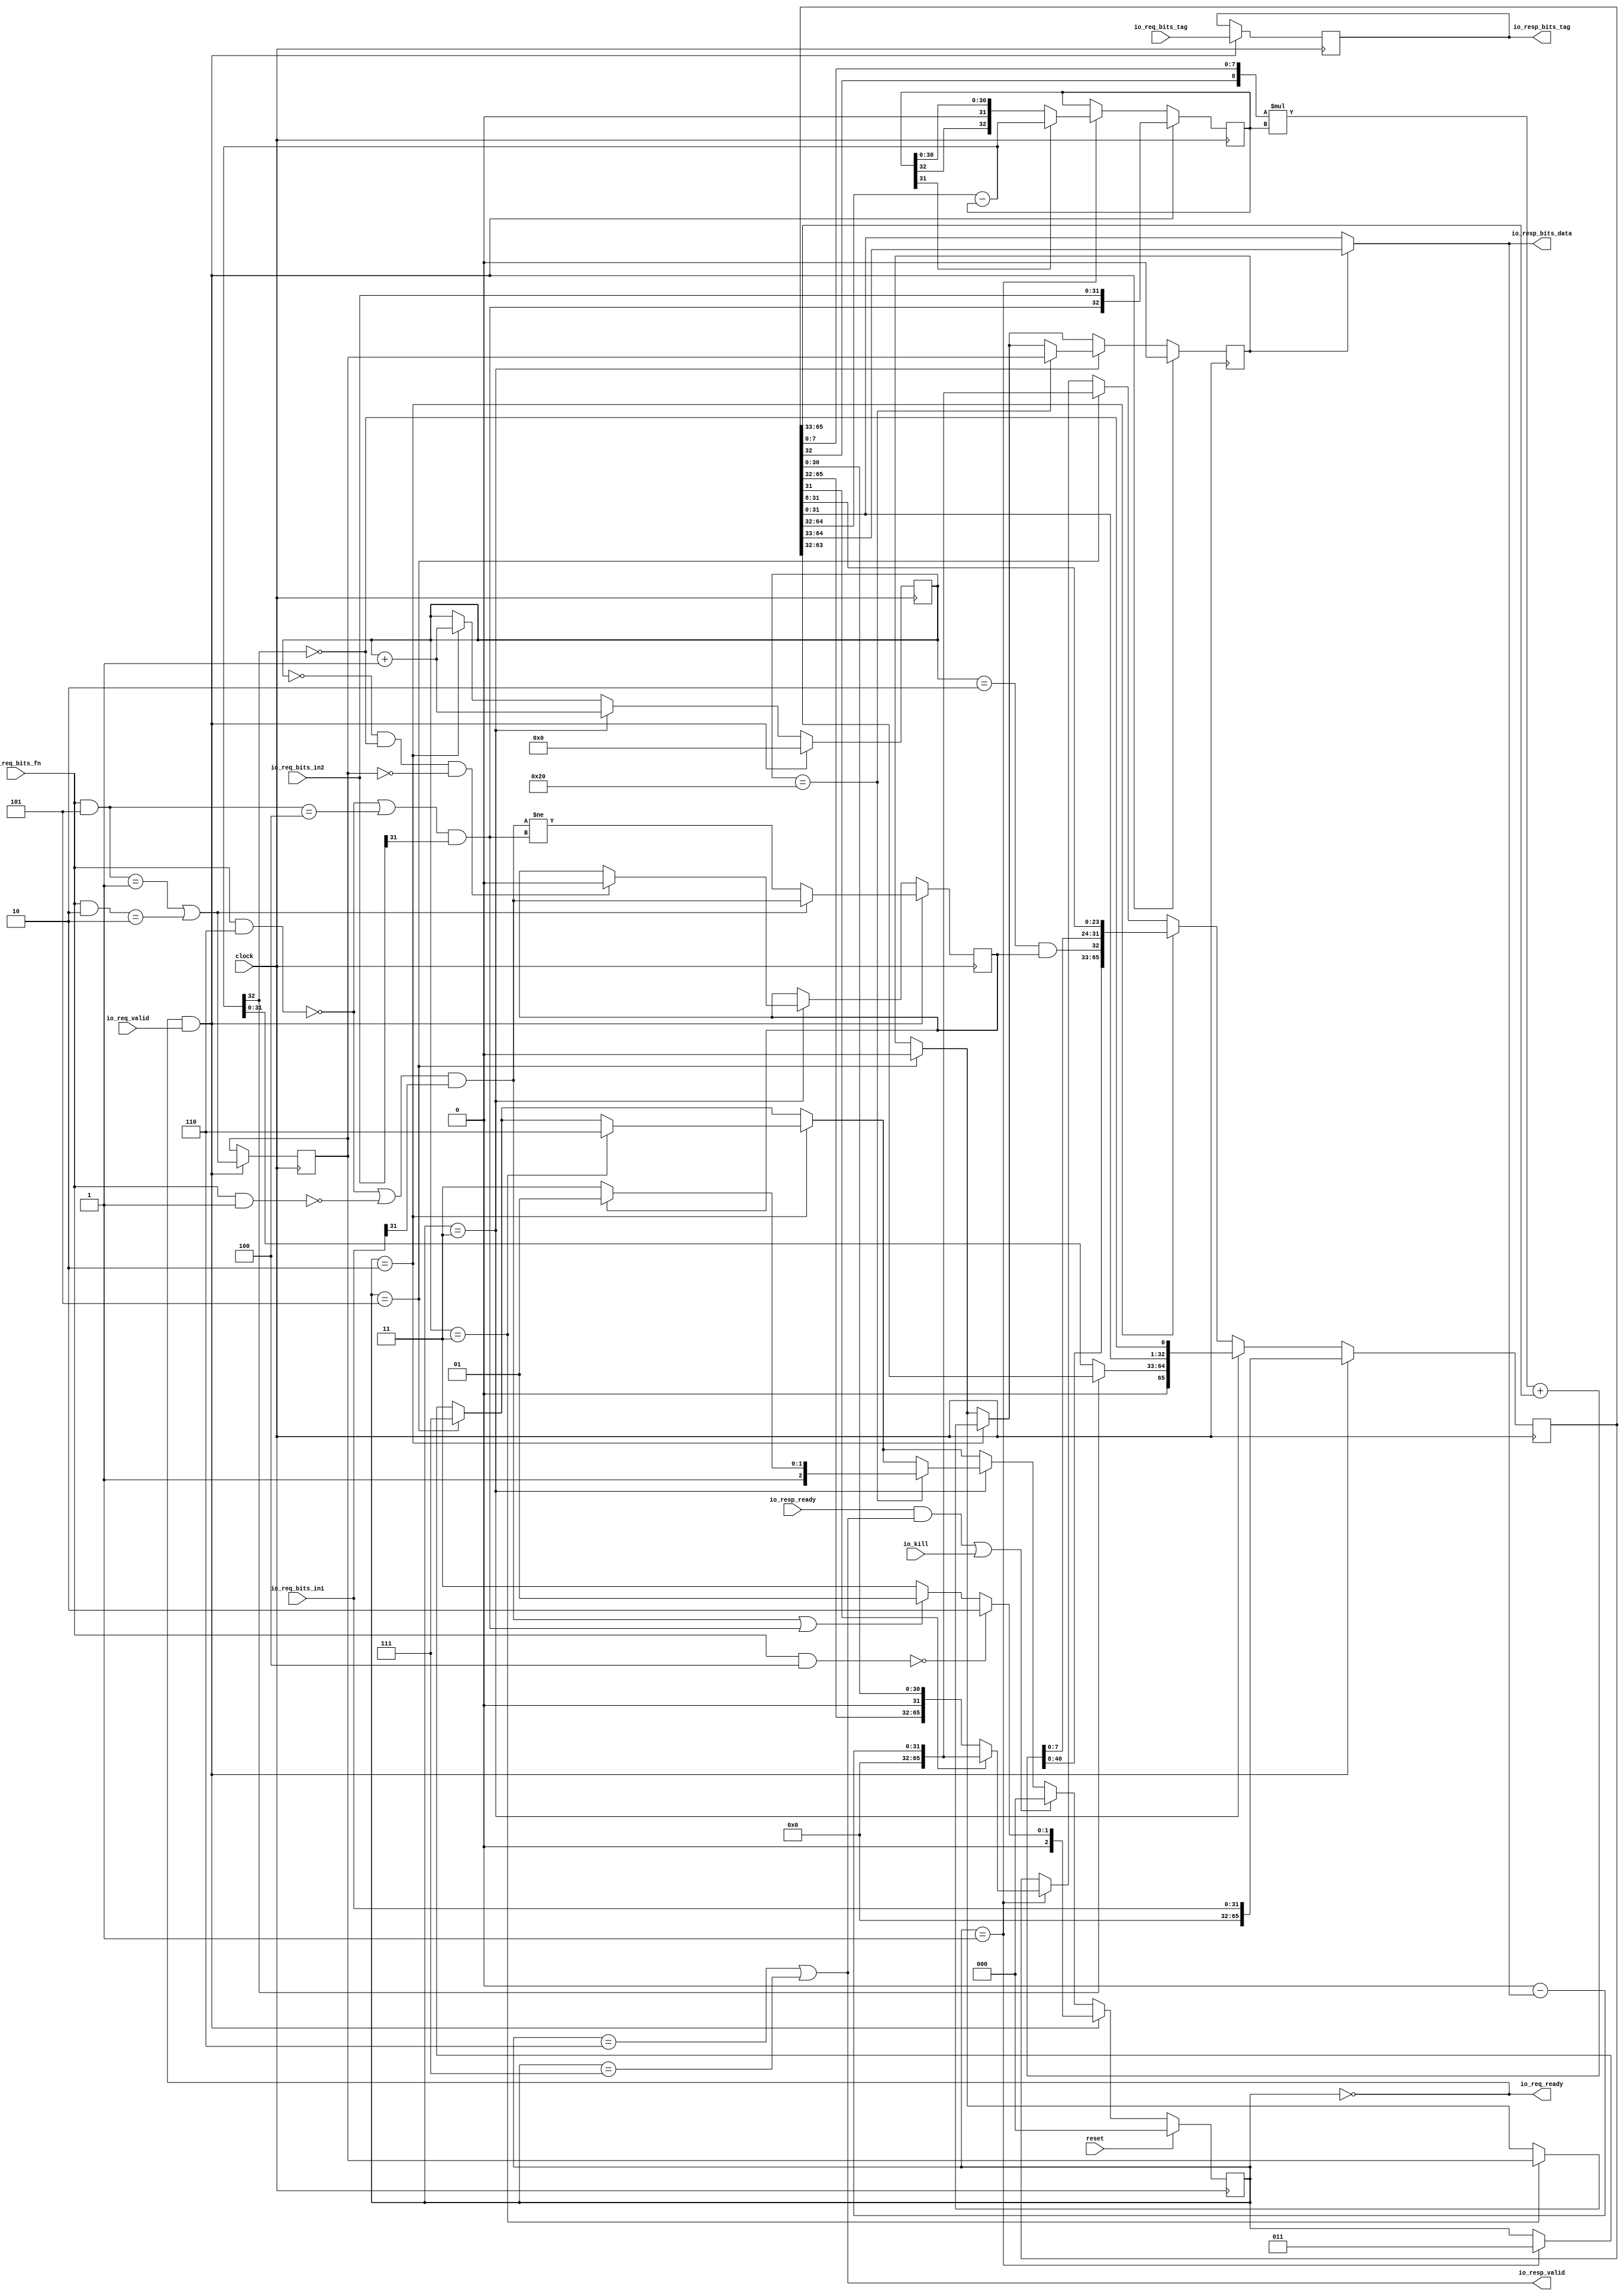
module MulDiv( // @[:freechips.rocketchip.system.DefaultRV32Config.fir@222784.2]
  input         clock, // @[:freechips.rocketchip.system.DefaultRV32Config.fir@222785.4]
  input         reset, // @[:freechips.rocketchip.system.DefaultRV32Config.fir@222786.4]
  output        io_req_ready, // @[:freechips.rocketchip.system.DefaultRV32Config.fir@222787.4]
  input         io_req_valid, // @[:freechips.rocketchip.system.DefaultRV32Config.fir@222787.4]
  input  [3:0]  io_req_bits_fn, // @[:freechips.rocketchip.system.DefaultRV32Config.fir@222787.4]
  input  [31:0] io_req_bits_in1, // @[:freechips.rocketchip.system.DefaultRV32Config.fir@222787.4]
  input  [31:0] io_req_bits_in2, // @[:freechips.rocketchip.system.DefaultRV32Config.fir@222787.4]
  input  [4:0]  io_req_bits_tag, // @[:freechips.rocketchip.system.DefaultRV32Config.fir@222787.4]
  input         io_kill, // @[:freechips.rocketchip.system.DefaultRV32Config.fir@222787.4]
  input         io_resp_ready, // @[:freechips.rocketchip.system.DefaultRV32Config.fir@222787.4]
  output        io_resp_valid, // @[:freechips.rocketchip.system.DefaultRV32Config.fir@222787.4]
  output [31:0] io_resp_bits_data, // @[:freechips.rocketchip.system.DefaultRV32Config.fir@222787.4]
  output [4:0]  io_resp_bits_tag // @[:freechips.rocketchip.system.DefaultRV32Config.fir@222787.4]
);
`ifdef RANDOMIZE_REG_INIT
  reg [31:0] _RAND_0;
  reg [31:0] _RAND_1;
  reg [31:0] _RAND_2;
  reg [31:0] _RAND_3;
  reg [31:0] _RAND_4;
  reg [31:0] _RAND_5;
  reg [63:0] _RAND_6;
  reg [95:0] _RAND_7;
`endif // RANDOMIZE_REG_INIT
  reg [2:0] state; // @[Multiplier.scala 52:22:freechips.rocketchip.system.DefaultRV32Config.fir@222789.4]
  reg [4:0] req_tag; // @[Multiplier.scala 54:16:freechips.rocketchip.system.DefaultRV32Config.fir@222790.4]
  reg [5:0] count; // @[Multiplier.scala 55:18:freechips.rocketchip.system.DefaultRV32Config.fir@222791.4]
  reg  neg_out; // @[Multiplier.scala 58:20:freechips.rocketchip.system.DefaultRV32Config.fir@222792.4]
  reg  isHi; // @[Multiplier.scala 59:17:freechips.rocketchip.system.DefaultRV32Config.fir@222793.4]
  reg  resHi; // @[Multiplier.scala 60:18:freechips.rocketchip.system.DefaultRV32Config.fir@222794.4]
  reg [32:0] divisor; // @[Multiplier.scala 61:20:freechips.rocketchip.system.DefaultRV32Config.fir@222795.4]
  reg [65:0] remainder; // @[Multiplier.scala 62:22:freechips.rocketchip.system.DefaultRV32Config.fir@222796.4]
  wire [3:0] _T; // @[Decode.scala 14:65:freechips.rocketchip.system.DefaultRV32Config.fir@222797.4]
  wire  cmdMul; // @[Decode.scala 14:121:freechips.rocketchip.system.DefaultRV32Config.fir@222798.4]
  wire [3:0] _T_3; // @[Decode.scala 14:65:freechips.rocketchip.system.DefaultRV32Config.fir@222800.4]
  wire  _T_4; // @[Decode.scala 14:121:freechips.rocketchip.system.DefaultRV32Config.fir@222801.4]
  wire [3:0] _T_5; // @[Decode.scala 14:65:freechips.rocketchip.system.DefaultRV32Config.fir@222802.4]
  wire  _T_6; // @[Decode.scala 14:121:freechips.rocketchip.system.DefaultRV32Config.fir@222803.4]
  wire  cmdHi; // @[Decode.scala 15:30:freechips.rocketchip.system.DefaultRV32Config.fir@222805.4]
  wire [3:0] _T_9; // @[Decode.scala 14:65:freechips.rocketchip.system.DefaultRV32Config.fir@222806.4]
  wire  _T_10; // @[Decode.scala 14:121:freechips.rocketchip.system.DefaultRV32Config.fir@222807.4]
  wire [3:0] _T_11; // @[Decode.scala 14:65:freechips.rocketchip.system.DefaultRV32Config.fir@222808.4]
  wire  _T_12; // @[Decode.scala 14:121:freechips.rocketchip.system.DefaultRV32Config.fir@222809.4]
  wire  lhsSigned; // @[Decode.scala 15:30:freechips.rocketchip.system.DefaultRV32Config.fir@222811.4]
  wire  _T_16; // @[Decode.scala 14:121:freechips.rocketchip.system.DefaultRV32Config.fir@222813.4]
  wire  rhsSigned; // @[Decode.scala 15:30:freechips.rocketchip.system.DefaultRV32Config.fir@222815.4]
  wire  lhs_sign; // @[Multiplier.scala 82:23:freechips.rocketchip.system.DefaultRV32Config.fir@222825.4]
  wire [31:0] lhs_in; // @[Cat.scala 29:58:freechips.rocketchip.system.DefaultRV32Config.fir@222831.4]
  wire  rhs_sign; // @[Multiplier.scala 82:23:freechips.rocketchip.system.DefaultRV32Config.fir@222837.4]
  wire [32:0] subtractor; // @[Multiplier.scala 89:37:freechips.rocketchip.system.DefaultRV32Config.fir@222846.4]
  wire [31:0] result; // @[Multiplier.scala 90:19:freechips.rocketchip.system.DefaultRV32Config.fir@222849.4]
  wire [31:0] negated_remainder; // @[Multiplier.scala 91:27:freechips.rocketchip.system.DefaultRV32Config.fir@222851.4]
  wire  _T_44; // @[Multiplier.scala 93:39:freechips.rocketchip.system.DefaultRV32Config.fir@222852.4]
  wire  _T_47; // @[Multiplier.scala 102:39:freechips.rocketchip.system.DefaultRV32Config.fir@222864.4]
  wire  _T_48; // @[Multiplier.scala 107:39:freechips.rocketchip.system.DefaultRV32Config.fir@222870.4]
  wire [64:0] _T_51; // @[Cat.scala 29:58:freechips.rocketchip.system.DefaultRV32Config.fir@222874.6]
  wire [32:0] _T_55; // @[Multiplier.scala 111:37:freechips.rocketchip.system.DefaultRV32Config.fir@222878.6]
  wire [8:0] _T_59; // @[Multiplier.scala 113:60:freechips.rocketchip.system.DefaultRV32Config.fir@222882.6]
  wire [32:0] _GEN_35; // @[Multiplier.scala 113:67:freechips.rocketchip.system.DefaultRV32Config.fir@222883.6]
  wire [41:0] _T_60; // @[Multiplier.scala 113:67:freechips.rocketchip.system.DefaultRV32Config.fir@222883.6]
  wire [41:0] _GEN_36; // @[Multiplier.scala 113:76:freechips.rocketchip.system.DefaultRV32Config.fir@222884.6]
  wire [41:0] _T_65; // @[Cat.scala 29:58:freechips.rocketchip.system.DefaultRV32Config.fir@222888.6]
  wire [65:0] _T_66; // @[Cat.scala 29:58:freechips.rocketchip.system.DefaultRV32Config.fir@222889.6]
  wire  _T_67; // @[Multiplier.scala 115:32:freechips.rocketchip.system.DefaultRV32Config.fir@222890.6]
  wire  _T_68; // @[Multiplier.scala 115:57:freechips.rocketchip.system.DefaultRV32Config.fir@222891.6]
  wire  _T_77; // @[Multiplier.scala 119:7:freechips.rocketchip.system.DefaultRV32Config.fir@222900.6]
  wire [64:0] _T_91; // @[Cat.scala 29:58:freechips.rocketchip.system.DefaultRV32Config.fir@222914.6]
  wire [65:0] _T_95; // @[Cat.scala 29:58:freechips.rocketchip.system.DefaultRV32Config.fir@222918.6]
  wire [5:0] _T_97; // @[Multiplier.scala 124:20:freechips.rocketchip.system.DefaultRV32Config.fir@222921.6]
  wire  _T_98; // @[Multiplier.scala 125:25:freechips.rocketchip.system.DefaultRV32Config.fir@222923.6]
  wire  _T_100; // @[Multiplier.scala 130:39:freechips.rocketchip.system.DefaultRV32Config.fir@222930.4]
  wire [31:0] _T_104; // @[Multiplier.scala 135:14:freechips.rocketchip.system.DefaultRV32Config.fir@222935.6]
  wire  _T_106; // @[Multiplier.scala 135:67:freechips.rocketchip.system.DefaultRV32Config.fir@222937.6]
  wire [64:0] _T_108; // @[Cat.scala 29:58:freechips.rocketchip.system.DefaultRV32Config.fir@222939.6]
  wire  _T_109; // @[Multiplier.scala 139:17:freechips.rocketchip.system.DefaultRV32Config.fir@222941.6]
  wire  _T_113; // @[Multiplier.scala 147:24:freechips.rocketchip.system.DefaultRV32Config.fir@222950.6]
  wire  _T_116; // @[Multiplier.scala 147:30:freechips.rocketchip.system.DefaultRV32Config.fir@222953.6]
  wire  _T_118; // @[Multiplier.scala 160:18:freechips.rocketchip.system.DefaultRV32Config.fir@222955.6]
  wire  _T_119; // @[Decoupled.scala 40:37:freechips.rocketchip.system.DefaultRV32Config.fir@222960.4]
  wire  _T_120; // @[Multiplier.scala 162:24:freechips.rocketchip.system.DefaultRV32Config.fir@222961.4]
  wire  _T_121; // @[Decoupled.scala 40:37:freechips.rocketchip.system.DefaultRV32Config.fir@222965.4]
  wire  _T_122; // @[Multiplier.scala 166:46:freechips.rocketchip.system.DefaultRV32Config.fir@222967.6]
  wire  _T_129; // @[Multiplier.scala 170:46:freechips.rocketchip.system.DefaultRV32Config.fir@222978.6]
  wire [32:0] _T_131; // @[Cat.scala 29:58:freechips.rocketchip.system.DefaultRV32Config.fir@222981.6]
  wire [15:0] loOut; // @[Multiplier.scala 177:82:freechips.rocketchip.system.DefaultRV32Config.fir@223000.4]
  wire  _T_149; // @[Multiplier.scala 182:27:freechips.rocketchip.system.DefaultRV32Config.fir@223012.4]
  wire  _T_150; // @[Multiplier.scala 182:51:freechips.rocketchip.system.DefaultRV32Config.fir@223013.4]
  assign _T = io_req_bits_fn & 4'h4; // @[Decode.scala 14:65:freechips.rocketchip.system.DefaultRV32Config.fir@222797.4]
  assign cmdMul = _T == 4'h0; // @[Decode.scala 14:121:freechips.rocketchip.system.DefaultRV32Config.fir@222798.4]
  assign _T_3 = io_req_bits_fn & 4'h5; // @[Decode.scala 14:65:freechips.rocketchip.system.DefaultRV32Config.fir@222800.4]
  assign _T_4 = _T_3 == 4'h1; // @[Decode.scala 14:121:freechips.rocketchip.system.DefaultRV32Config.fir@222801.4]
  assign _T_5 = io_req_bits_fn & 4'h2; // @[Decode.scala 14:65:freechips.rocketchip.system.DefaultRV32Config.fir@222802.4]
  assign _T_6 = _T_5 == 4'h2; // @[Decode.scala 14:121:freechips.rocketchip.system.DefaultRV32Config.fir@222803.4]
  assign cmdHi = _T_4 | _T_6; // @[Decode.scala 15:30:freechips.rocketchip.system.DefaultRV32Config.fir@222805.4]
  assign _T_9 = io_req_bits_fn & 4'h6; // @[Decode.scala 14:65:freechips.rocketchip.system.DefaultRV32Config.fir@222806.4]
  assign _T_10 = _T_9 == 4'h0; // @[Decode.scala 14:121:freechips.rocketchip.system.DefaultRV32Config.fir@222807.4]
  assign _T_11 = io_req_bits_fn & 4'h1; // @[Decode.scala 14:65:freechips.rocketchip.system.DefaultRV32Config.fir@222808.4]
  assign _T_12 = _T_11 == 4'h0; // @[Decode.scala 14:121:freechips.rocketchip.system.DefaultRV32Config.fir@222809.4]
  assign lhsSigned = _T_10 | _T_12; // @[Decode.scala 15:30:freechips.rocketchip.system.DefaultRV32Config.fir@222811.4]
  assign _T_16 = _T_3 == 4'h4; // @[Decode.scala 14:121:freechips.rocketchip.system.DefaultRV32Config.fir@222813.4]
  assign rhsSigned = _T_10 | _T_16; // @[Decode.scala 15:30:freechips.rocketchip.system.DefaultRV32Config.fir@222815.4]
  assign lhs_sign = lhsSigned & io_req_bits_in1[31]; // @[Multiplier.scala 82:23:freechips.rocketchip.system.DefaultRV32Config.fir@222825.4]
  assign lhs_in = {io_req_bits_in1[31:16],io_req_bits_in1[15:0]}; // @[Cat.scala 29:58:freechips.rocketchip.system.DefaultRV32Config.fir@222831.4]
  assign rhs_sign = rhsSigned & io_req_bits_in2[31]; // @[Multiplier.scala 82:23:freechips.rocketchip.system.DefaultRV32Config.fir@222837.4]
  assign subtractor = remainder[64:32] - divisor; // @[Multiplier.scala 89:37:freechips.rocketchip.system.DefaultRV32Config.fir@222846.4]
  assign result = resHi ? remainder[64:33] : remainder[31:0]; // @[Multiplier.scala 90:19:freechips.rocketchip.system.DefaultRV32Config.fir@222849.4]
  assign negated_remainder = 32'h0 - result; // @[Multiplier.scala 91:27:freechips.rocketchip.system.DefaultRV32Config.fir@222851.4]
  assign _T_44 = state == 3'h1; // @[Multiplier.scala 93:39:freechips.rocketchip.system.DefaultRV32Config.fir@222852.4]
  assign _T_47 = state == 3'h5; // @[Multiplier.scala 102:39:freechips.rocketchip.system.DefaultRV32Config.fir@222864.4]
  assign _T_48 = state == 3'h2; // @[Multiplier.scala 107:39:freechips.rocketchip.system.DefaultRV32Config.fir@222870.4]
  assign _T_51 = {remainder[65:33],remainder[31:0]}; // @[Cat.scala 29:58:freechips.rocketchip.system.DefaultRV32Config.fir@222874.6]
  assign _T_55 = _T_51[64:32]; // @[Multiplier.scala 111:37:freechips.rocketchip.system.DefaultRV32Config.fir@222878.6]
  assign _T_59 = {remainder[32],_T_51[7:0]}; // @[Multiplier.scala 113:60:freechips.rocketchip.system.DefaultRV32Config.fir@222882.6]
  assign _GEN_35 = {{24{_T_59[8]}},_T_59}; // @[Multiplier.scala 113:67:freechips.rocketchip.system.DefaultRV32Config.fir@222883.6]
  assign _T_60 = $signed(_GEN_35) * $signed(divisor); // @[Multiplier.scala 113:67:freechips.rocketchip.system.DefaultRV32Config.fir@222883.6]
  assign _GEN_36 = {{9{_T_55[32]}},_T_55}; // @[Multiplier.scala 113:76:freechips.rocketchip.system.DefaultRV32Config.fir@222884.6]
  assign _T_65 = $signed(_T_60) + $signed(_GEN_36); // @[Cat.scala 29:58:freechips.rocketchip.system.DefaultRV32Config.fir@222888.6]
  assign _T_66 = {_T_65,_T_51[31:8]}; // @[Cat.scala 29:58:freechips.rocketchip.system.DefaultRV32Config.fir@222889.6]
  assign _T_67 = count == 6'h2; // @[Multiplier.scala 115:32:freechips.rocketchip.system.DefaultRV32Config.fir@222890.6]
  assign _T_68 = _T_67 & neg_out; // @[Multiplier.scala 115:57:freechips.rocketchip.system.DefaultRV32Config.fir@222891.6]
  assign _T_77 = ~isHi; // @[Multiplier.scala 119:7:freechips.rocketchip.system.DefaultRV32Config.fir@222900.6]
  assign _T_91 = {_T_66[64:32],_T_66[31:0]}; // @[Cat.scala 29:58:freechips.rocketchip.system.DefaultRV32Config.fir@222914.6]
  assign _T_95 = {_T_91[64:32],_T_68,_T_91[31:0]}; // @[Cat.scala 29:58:freechips.rocketchip.system.DefaultRV32Config.fir@222918.6]
  assign _T_97 = count + 6'h1; // @[Multiplier.scala 124:20:freechips.rocketchip.system.DefaultRV32Config.fir@222921.6]
  assign _T_98 = count == 6'h3; // @[Multiplier.scala 125:25:freechips.rocketchip.system.DefaultRV32Config.fir@222923.6]
  assign _T_100 = state == 3'h3; // @[Multiplier.scala 130:39:freechips.rocketchip.system.DefaultRV32Config.fir@222930.4]
  assign _T_104 = subtractor[32] ? remainder[63:32] : subtractor[31:0]; // @[Multiplier.scala 135:14:freechips.rocketchip.system.DefaultRV32Config.fir@222935.6]
  assign _T_106 = ~subtractor[32]; // @[Multiplier.scala 135:67:freechips.rocketchip.system.DefaultRV32Config.fir@222937.6]
  assign _T_108 = {_T_104,remainder[31:0],_T_106}; // @[Cat.scala 29:58:freechips.rocketchip.system.DefaultRV32Config.fir@222939.6]
  assign _T_109 = count == 6'h20; // @[Multiplier.scala 139:17:freechips.rocketchip.system.DefaultRV32Config.fir@222941.6]
  assign _T_113 = count == 6'h0; // @[Multiplier.scala 147:24:freechips.rocketchip.system.DefaultRV32Config.fir@222950.6]
  assign _T_116 = _T_113 & _T_106; // @[Multiplier.scala 147:30:freechips.rocketchip.system.DefaultRV32Config.fir@222953.6]
  assign _T_118 = _T_116 & _T_77; // @[Multiplier.scala 160:18:freechips.rocketchip.system.DefaultRV32Config.fir@222955.6]
  assign _T_119 = io_resp_ready & io_resp_valid; // @[Decoupled.scala 40:37:freechips.rocketchip.system.DefaultRV32Config.fir@222960.4]
  assign _T_120 = _T_119 | io_kill; // @[Multiplier.scala 162:24:freechips.rocketchip.system.DefaultRV32Config.fir@222961.4]
  assign _T_121 = io_req_ready & io_req_valid; // @[Decoupled.scala 40:37:freechips.rocketchip.system.DefaultRV32Config.fir@222965.4]
  assign _T_122 = lhs_sign | rhs_sign; // @[Multiplier.scala 166:46:freechips.rocketchip.system.DefaultRV32Config.fir@222967.6]
  assign _T_129 = lhs_sign != rhs_sign; // @[Multiplier.scala 170:46:freechips.rocketchip.system.DefaultRV32Config.fir@222978.6]
  assign _T_131 = {rhs_sign,io_req_bits_in2[31:16],io_req_bits_in2[15:0]}; // @[Cat.scala 29:58:freechips.rocketchip.system.DefaultRV32Config.fir@222981.6]
  assign loOut = result[15:0]; // @[Multiplier.scala 177:82:freechips.rocketchip.system.DefaultRV32Config.fir@223000.4]
  assign _T_149 = state == 3'h6; // @[Multiplier.scala 182:27:freechips.rocketchip.system.DefaultRV32Config.fir@223012.4]
  assign _T_150 = state == 3'h7; // @[Multiplier.scala 182:51:freechips.rocketchip.system.DefaultRV32Config.fir@223013.4]
  assign io_req_ready = state == 3'h0; // @[Multiplier.scala 183:16:freechips.rocketchip.system.DefaultRV32Config.fir@223017.4]
  assign io_resp_valid = _T_149 | _T_150; // @[Multiplier.scala 182:17:freechips.rocketchip.system.DefaultRV32Config.fir@223015.4]
  assign io_resp_bits_data = {result[31:16],loOut}; // @[Multiplier.scala 181:21:freechips.rocketchip.system.DefaultRV32Config.fir@223011.4]
  assign io_resp_bits_tag = req_tag; // @[Multiplier.scala 179:20:freechips.rocketchip.system.DefaultRV32Config.fir@223009.4]
`ifdef RANDOMIZE_GARBAGE_ASSIGN
`define RANDOMIZE
`endif
`ifdef RANDOMIZE_INVALID_ASSIGN
`define RANDOMIZE
`endif
`ifdef RANDOMIZE_REG_INIT
`define RANDOMIZE
`endif
`ifdef RANDOMIZE_MEM_INIT
`define RANDOMIZE
`endif
`ifndef RANDOM
`define RANDOM $random
`endif
`ifdef RANDOMIZE_MEM_INIT
  integer initvar;
`endif
`ifndef SYNTHESIS
`ifdef FIRRTL_BEFORE_INITIAL
`FIRRTL_BEFORE_INITIAL
`endif
initial begin
  `ifdef RANDOMIZE
    `ifdef INIT_RANDOM
      `INIT_RANDOM
    `endif
    `ifndef VERILATOR
      `ifdef RANDOMIZE_DELAY
        #`RANDOMIZE_DELAY begin end
      `else
        #0.002 begin end
      `endif
    `endif
`ifdef RANDOMIZE_REG_INIT
  _RAND_0 = {1{`RANDOM}};
  state = _RAND_0[2:0];
  _RAND_1 = {1{`RANDOM}};
  req_tag = _RAND_1[4:0];
  _RAND_2 = {1{`RANDOM}};
  count = _RAND_2[5:0];
  _RAND_3 = {1{`RANDOM}};
  neg_out = _RAND_3[0:0];
  _RAND_4 = {1{`RANDOM}};
  isHi = _RAND_4[0:0];
  _RAND_5 = {1{`RANDOM}};
  resHi = _RAND_5[0:0];
  _RAND_6 = {2{`RANDOM}};
  divisor = _RAND_6[32:0];
  _RAND_7 = {3{`RANDOM}};
  remainder = _RAND_7[65:0];
`endif // RANDOMIZE_REG_INIT
  `endif // RANDOMIZE
end // initial
`ifdef FIRRTL_AFTER_INITIAL
`FIRRTL_AFTER_INITIAL
`endif
`endif // SYNTHESIS
  always @(posedge clock) begin
    if (reset) begin
      state <= 3'h0;
    end else if (_T_121) begin
      if (cmdMul) begin
        state <= 3'h2;
      end else if (_T_122) begin
        state <= 3'h1;
      end else begin
        state <= 3'h3;
      end
    end else if (_T_120) begin
      state <= 3'h0;
    end else if (_T_100) begin
      if (_T_109) begin
        if (neg_out) begin
          state <= 3'h5;
        end else begin
          state <= 3'h7;
        end
      end else if (_T_48) begin
        if (_T_98) begin
          state <= 3'h6;
        end else if (_T_47) begin
          state <= 3'h7;
        end else if (_T_44) begin
          state <= 3'h3;
        end
      end else if (_T_47) begin
        state <= 3'h7;
      end else if (_T_44) begin
        state <= 3'h3;
      end
    end else if (_T_48) begin
      if (_T_98) begin
        state <= 3'h6;
      end else if (_T_47) begin
        state <= 3'h7;
      end else if (_T_44) begin
        state <= 3'h3;
      end
    end else if (_T_47) begin
      state <= 3'h7;
    end else if (_T_44) begin
      state <= 3'h3;
    end
    if (_T_121) begin
      req_tag <= io_req_bits_tag;
    end
    if (_T_121) begin
      count <= 6'h0;
    end else if (_T_100) begin
      count <= _T_97;
    end else if (_T_48) begin
      count <= _T_97;
    end
    if (_T_121) begin
      if (cmdHi) begin
        neg_out <= lhs_sign;
      end else begin
        neg_out <= _T_129;
      end
    end else if (_T_100) begin
      if (_T_118) begin
        neg_out <= 1'h0;
      end
    end
    if (_T_121) begin
      isHi <= cmdHi;
    end
    if (_T_121) begin
      resHi <= 1'h0;
    end else if (_T_100) begin
      if (_T_109) begin
        resHi <= isHi;
      end else if (_T_48) begin
        if (_T_98) begin
          resHi <= isHi;
        end else if (_T_47) begin
          resHi <= 1'h0;
        end
      end else if (_T_47) begin
        resHi <= 1'h0;
      end
    end else if (_T_48) begin
      if (_T_98) begin
        resHi <= isHi;
      end else if (_T_47) begin
        resHi <= 1'h0;
      end
    end else if (_T_47) begin
      resHi <= 1'h0;
    end
    if (_T_121) begin
      divisor <= _T_131;
    end else if (_T_44) begin
      if (divisor[31]) begin
        divisor <= subtractor;
      end
    end
    if (_T_121) begin
      remainder <= {{34'd0}, lhs_in};
    end else if (_T_100) begin
      remainder <= {{1'd0}, _T_108};
    end else if (_T_48) begin
      remainder <= _T_95;
    end else if (_T_47) begin
      remainder <= {{34'd0}, negated_remainder};
    end else if (_T_44) begin
      if (remainder[31]) begin
        remainder <= {{34'd0}, negated_remainder};
      end
    end
  end
endmodule